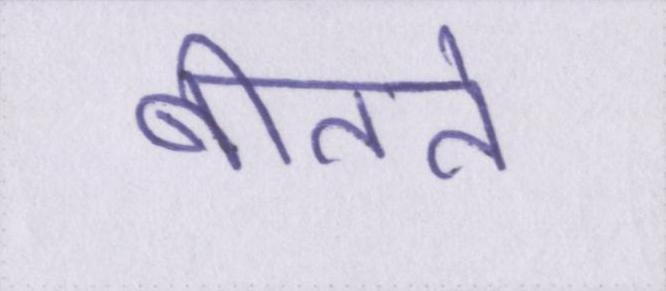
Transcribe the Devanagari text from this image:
बीतते